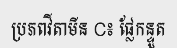
ប្រភពវីតាមីន C៖ ផ្លែកន្ទួត